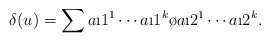
\begin{align*}\delta (u) = \sum a\i1^1\cdots a\i1^k\o a\i2^1\cdots a\i2^k.\end{align*}